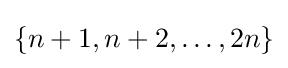
\{n+1,n+2,\dots ,2n\}